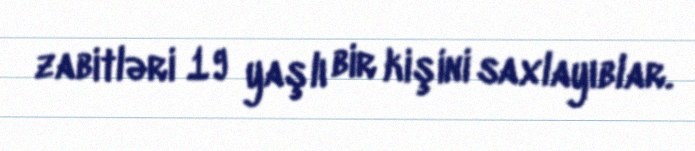
zabitləri 19 yaşlı bir kişini saxlayıblar.